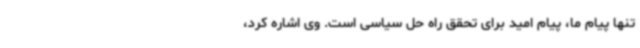
تنها پیام ما، پیام امید برای تحقق راه حل سیاسی است. وی اشاره کرد،